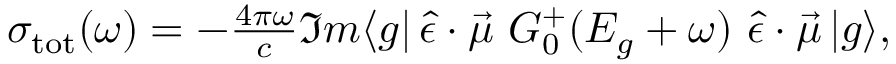
\begin{array} { r } { \sigma _ { \mathrm { t o t } } ( \omega ) = - \frac { 4 \pi \omega } { c } \Im m \langle g | \, \hat { \epsilon } \cdot \vec { \mu } \, \, G _ { 0 } ^ { + } ( E _ { g } + \omega ) \, \, \hat { \epsilon } \cdot \vec { \mu } \, | g \rangle , } \end{array}